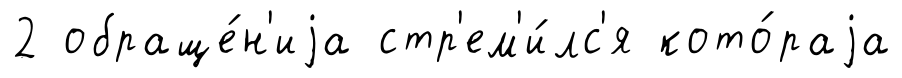
2 обраще́н'иjа стр'ем'и́лс'я кото́раjа